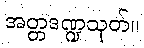
အတ္တဒဏ္ဍသုတ်။